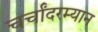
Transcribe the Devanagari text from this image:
चर्चांदरम्यान